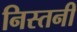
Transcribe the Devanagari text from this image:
निस्तनी